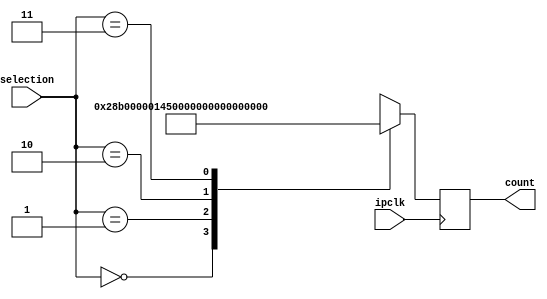
module baud_gen ( count , ipclk , selection );
output integer count ;
input [1:0] selection ;
input ipclk ;

parameter ipclk_freq = 50000000 , baud_rate1 = 4800 , baud_rate2 = 9600 ,  baud_rate3 = 38400 , baud_rate4 = 19200 ;

initial
	count = 0 ; // value of UxBrg = [(freq/(16*Baud_rate)) - 1]  

always @(posedge ipclk)
 	begin
		case(selection)
			2'b00 : count = 651;
			2'b01 : count = 325;
			2'b10 : count = 163;
			2'b11 : count = 81;

		endcase
	end
endmodule